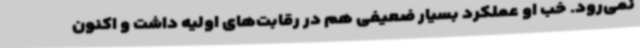
نمی‌رود. خب او عملکرد بسیار ضعیفی هم در رقابت‌های اولیه داشت و اکنون